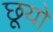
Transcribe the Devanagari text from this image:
छूयो